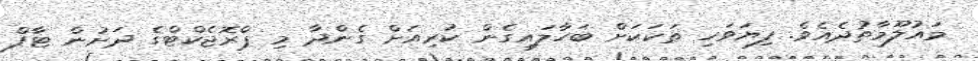
މައުލޫމާތުދެއެވެ. ފިޔަވަހި ތަކަކަށް ބަހާލައިގެން ކުރިއަށް ގެންދާ މި ޕްރޮޖެކްޓްގެ ދަށުން ޓާފް